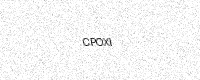
Text: CPOXI